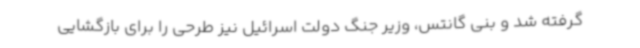
گرفته شد و بنی گانتس، وزیر جنگ دولت اسرائیل نیز طرحی را برای بازگشایی